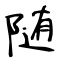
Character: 随